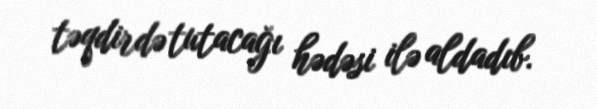
təqdirdə tutacağı hədəsi ilə aldadıb.